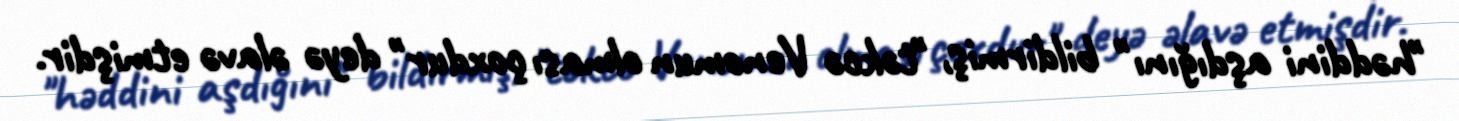
"həddini aşdığını" bildirmiş, "təkcə Venomun olması çoxdur" deyə əlavə etmişdir.